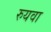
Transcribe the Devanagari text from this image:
रुयवा